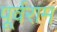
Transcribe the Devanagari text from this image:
पूर्वराम